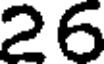
26